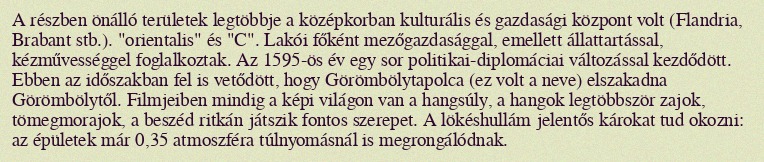
A részben önálló területek legtöbbje a középkorban kulturális és gazdasági központ volt (Flandria, Brabant stb.). "orientalis" és "C". Lakói főként mezőgazdasággal, emellett állattartással, kézművességgel foglalkoztak. Az 1595-ös év egy sor politikai-diplomáciai változással kezdődött. Ebben az időszakban fel is vetődött, hogy Görömbölytapolca (ez volt a neve) elszakadna Görömbölytől. Filmjeiben mindig a képi világon van a hangsúly, a hangok legtöbbször zajok, tömegmorajok, a beszéd ritkán játszik fontos szerepet. A lökéshullám jelentős károkat tud okozni: az épületek már 0,35 atmoszféra túlnyomásnál is megrongálódnak.